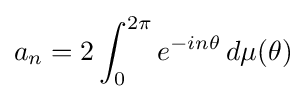
a_{n}=2\int _{0}^{2\pi }e^{-in\theta }\,d\mu (\theta )